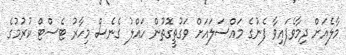
މާލެއަށް ދިމާވެފައިވާ ފެނުގެ މައްސަލައަށް ވަގުތީގޮތުން ހައްލު ގެނެސް މިހާރު ޓެސްޓް ކުރުމުގެ